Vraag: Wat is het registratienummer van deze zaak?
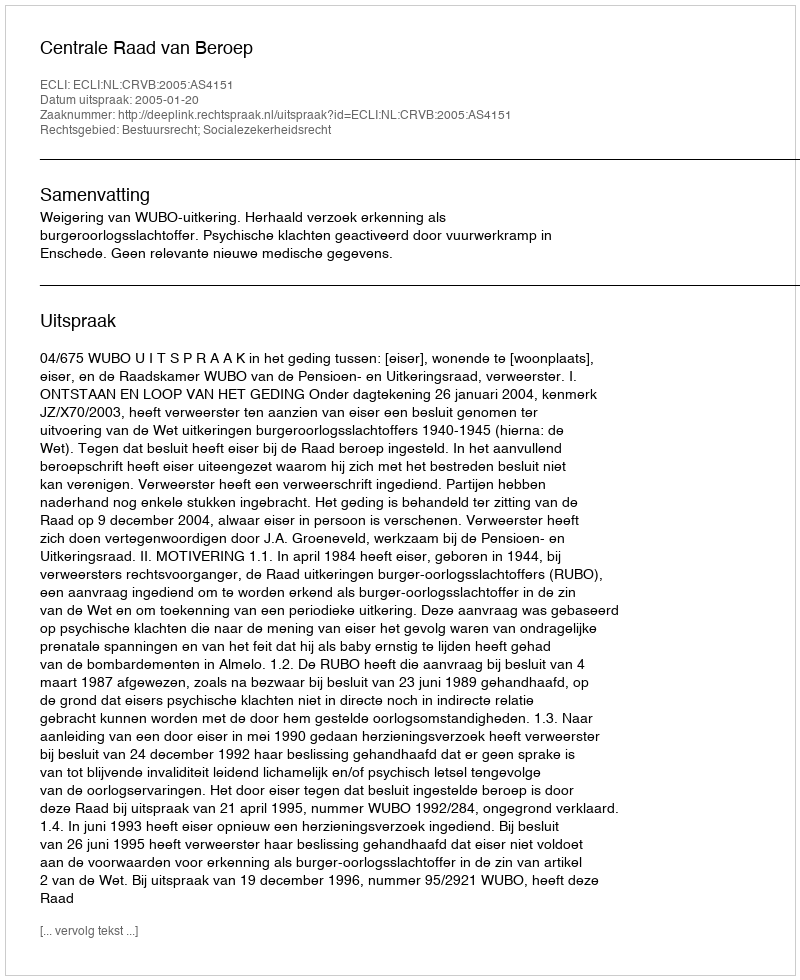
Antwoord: http://deeplink.rechtspraak.nl/uitspraak?id=ECLI:NL:CRVB:2005:AS4151